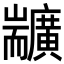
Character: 𦓣